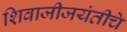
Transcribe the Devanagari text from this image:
शिवाजीजयंतीचे